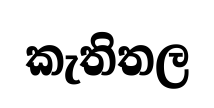
කැතිතල